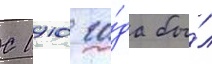
С 1910 го́да бы́л